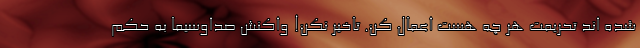
شده اند تحریمت هر چه هست اعمال کن. تاخیر نکن! واکنش صداوسیما به حکم